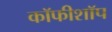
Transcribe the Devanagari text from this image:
कॉफीशॉप